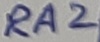
Text: RA2